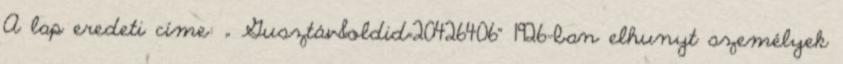
A lap eredeti címe: „ Gusztáv&oldid=20426406” 1926-ban elhunyt személyek